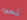
نحوه